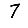
Digit: 7